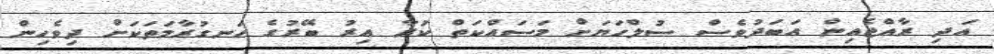
އަދި ރާއްޖެއިން އަބަދުވެސް ސުލްހަޔަށް މަސައްކަތް ކުރާ އިރު ބޭރުގެ ހަނގުރާމަތަކަށް ދިވެހިން